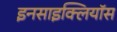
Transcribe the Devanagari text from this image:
इनसाइक्लियॉस